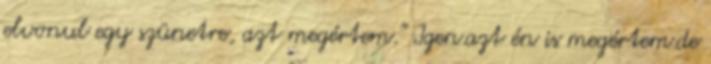
elvonul egy szünetre, azt megértem." Igen.azt én is megértem.de